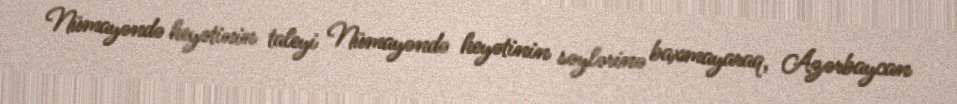
Nümayəndə heyətinin taleyi Nümayəndə heyətinin səylərinə baxmayaraq, Azərbaycan